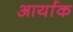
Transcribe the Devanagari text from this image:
आर्याक